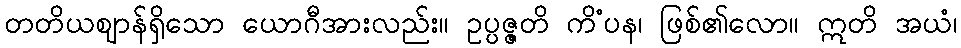
တတိယဈာန်ရှိသော ယောဂီအားလည်း။ ဥပ္ပဇ္ဇတိ ကိံပန၊ ဖြစ်၏လော။ ဣတိ အယံ၊